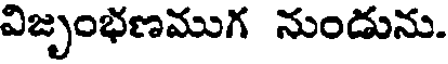
విజృంభణముగ నుండును.